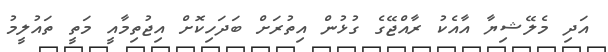
އަދި މެލޭޝިޔާ އާއެކު ރާއްޖޭގެ ގުޅުން އިތުރަށް ބަދަހިކޮށް އިޖުތިމާއީ މަތީ ތައުލީމު